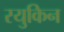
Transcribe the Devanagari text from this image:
रयुकिन